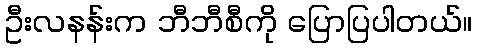
ဦးလနန်းက ဘီဘီစီကို ပြောပြပါတယ်။